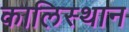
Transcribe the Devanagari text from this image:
कालिस्थान